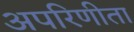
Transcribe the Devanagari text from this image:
अपरिणीता